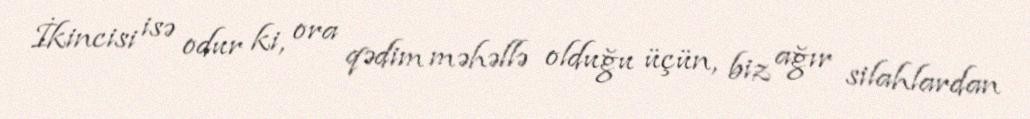
İkincisi isə odur ki, ora qədim məhəllə olduğu üçün, biz ağır silahlardan